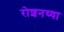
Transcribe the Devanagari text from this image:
रोशनच्या